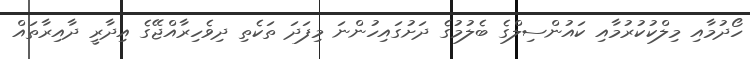
ހޯދުމާއި މިލްކުކުރުމާއި ކައުންސިލްގެ ބެލުމުގެ ދަށުގައިހުންނަ މިފަދަ ތަކެތި ދިވެހިރާއްޖޭގެ އިދާރީ ދާއިރާތައް